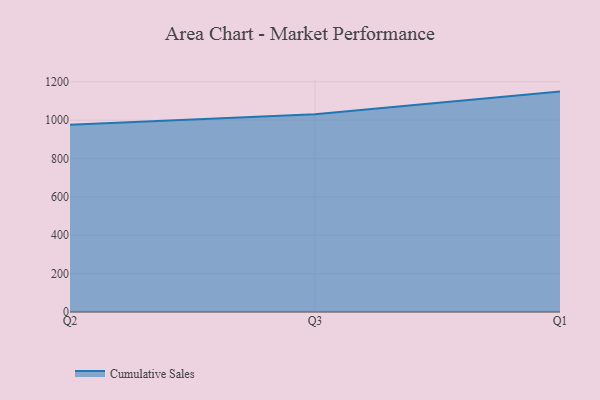
{"axis": {"x": "Quarter", "y": "Backlog"}, "legend": ["Cumulative Sales"], "data": [{"x": "Q2", "y": 975.3, "type": "Cumulative Sales"}, {"x": "Q3", "y": 1030.6, "type": "Cumulative Sales"}, {"x": "Q1", "y": 1148.7, "type": "Cumulative Sales"}]}